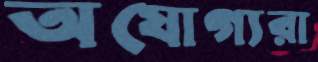
অযোগ্যরা